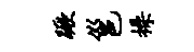
蹶邕操